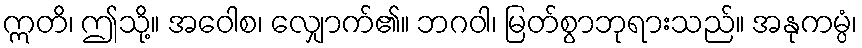
ဣတိ၊ ဤသို့။ အဝေါစ၊ လျှောက်၏။ ဘဂဝါ၊ မြတ်စွာဘုရားသည်။ အနုကမ္ပံ၊